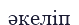
әкеліп